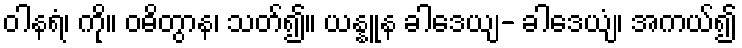
ဝါနရံ၊ ကို။ ဝဓိတွာန၊ သတ်၍။ ယန္နူန ခါဒေယျ- ခါဒေယျံ၊ အကယ်၍